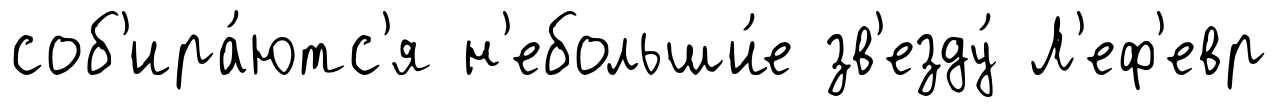
соб'ира́ютс'я н'ебольши́е зв'езду́ Л'еф'евр